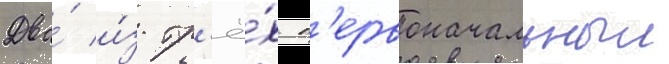
Два́ и́з тр'ё́х п'ервоначальныи